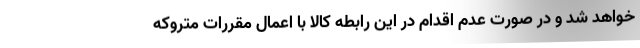
خواهد شد و در صورت عدم اقدام در این رابطه کالا با اعمال مقررات متروکه